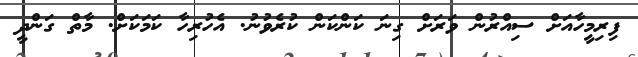
ފިރިމީހާއަށް ސިއްރުން ވަރަށް ގިނަ ކަންކަން ކުރެވުނު. އެހުރިހާ ކަމަކަށް. މާތް ގަންދީ